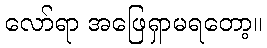
လော်ရာ အဖြေရှာမရတော့။